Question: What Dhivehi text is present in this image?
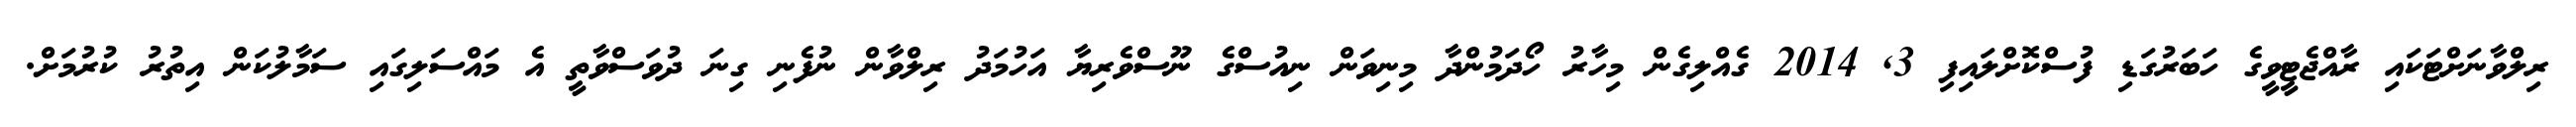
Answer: ރިލްވާނަށްޓަކައި ރާއްޖެޓީވީގެ ހަބަރުގަޑި ފުސްކޮށްލައިފި 3, 2014 ގެއްލިގެން މިހާރު ހޯދަމުންދާ މިނިވަން ނިއުސްގެ ނޫސްވެރިޔާ އަހުމަދު ރިލްވާން ނުފެނި ގިނަ ދުވަސްވާތީ އެ މައްސަލިގައި ސަމާލުކަން އިތުރު ކުރުމަށް.